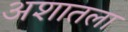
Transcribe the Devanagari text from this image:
अशातला